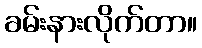
ခမ်းနားလိုက်တာ။